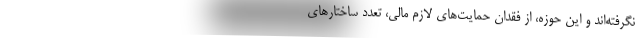
نگرفته‌اند و این حوزه، از فقدان حمایت‌های لازم مالی، تعدد ساختارهای